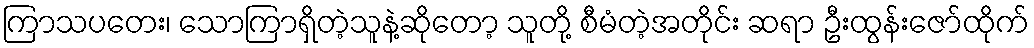
ကြာသပတေး၊ သောကြာရှိတဲ့သူနဲ့ဆိုတော့ သူတို့ စီမံတဲ့အတိုင်း ဆရာ ဦးထွန်းဇော်ထိုက်